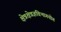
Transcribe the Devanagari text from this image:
क्षेत्रक्षेत्रज्ञविभागयोग